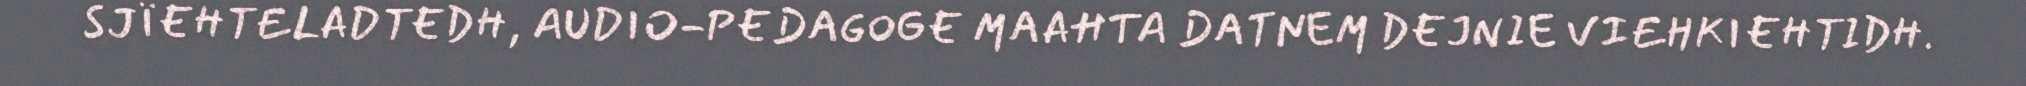
SJÏEHTELADTEDH, AUDIO-PEDAGOGE MAAHTA DATNEM DEJNIE VIEHKIEHTIDH.